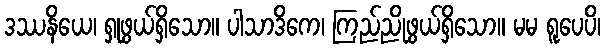
ဒဿနိယေ၊ ရှုဖွယ်ရှိသော။ ပါသာဒိကေ၊ ကြည်ညိုဖွယ်ရှိသော။ မမ ရူပေပိ၊